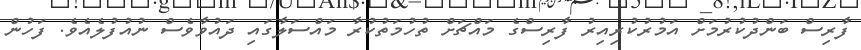
ފާރިސް ބަންދުކުރުމަށް އަމުރުކުރިއިރު ފާރިސްގެ މައްޗަށް ތުހުމަތުކުރާ މައްސަލާގައި ދައުވާވެސް ނުއުފުލެއެވެ. ފަހުން